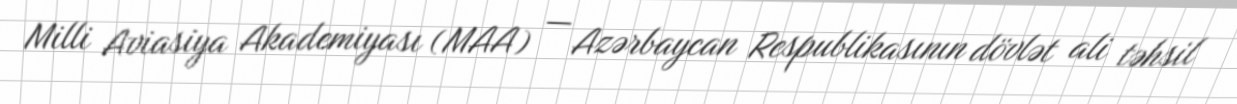
Milli Aviasiya Akademiyası (MAA) — Azərbaycan Respublikasının dövlət ali təhsil